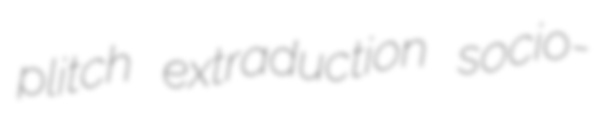
plitch extraduction socio-